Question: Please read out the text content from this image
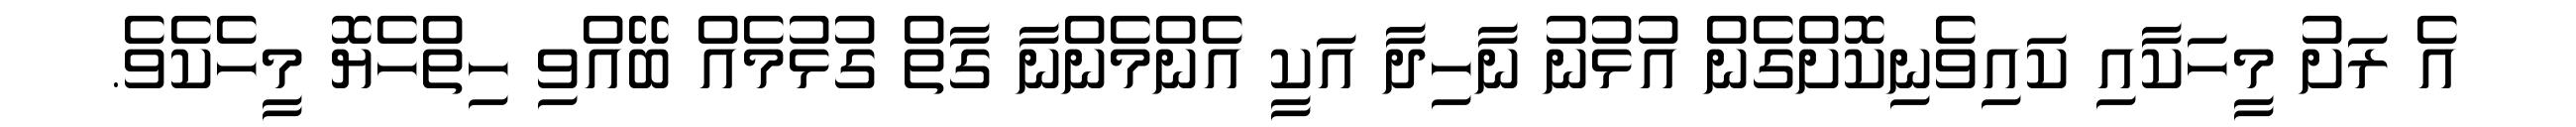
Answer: އެ ރަށު މީހަކާއި ކައިވެނިކޮށްގެން އުޅުނު ނާހިދާ އަކީ އެންމެންނާ ގާތް ގުޅުމެއް ބޭއްވި ހިތްހެޔޮ މީހެކެވެ.